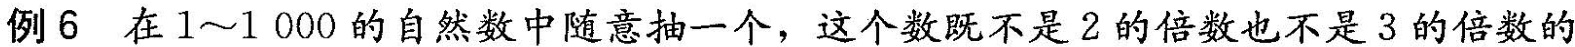
例6 在1~1000的自然数中随意抽一个，这个数既不是2的倍数也不是3的倍数的